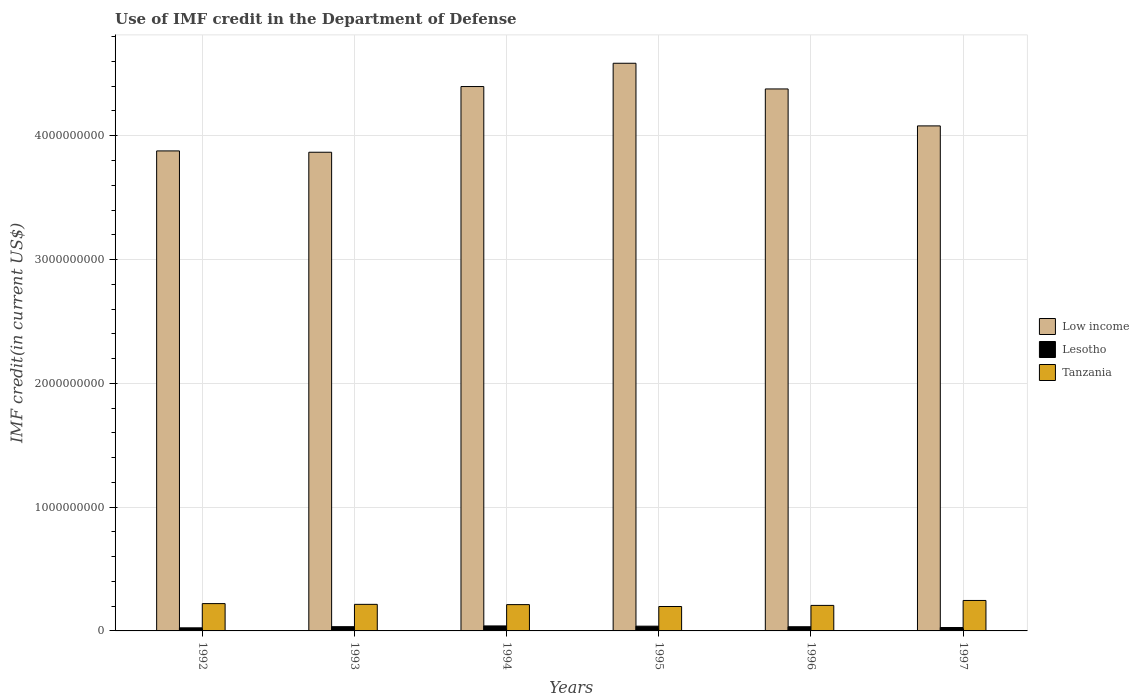
| Years | Low income | Lesotho | Tanzania |
 | --- | --- | --- | --- |
 | 1992 | 3.88e+09 | 2.49e+07 | 2.21e+08 |
 | 1993 | 3.87e+09 | 3.42e+07 | 2.15e+08 |
 | 1994 | 4.4e+09 | 4.03e+07 | 2.12e+08 |
 | 1995 | 4.59e+09 | 3.84e+07 | 1.97e+08 |
 | 1996 | 4.38e+09 | 3.38e+07 | 2.06e+08 |
 | 1997 | 4.08e+09 | 2.75e+07 | 2.46e+08 |